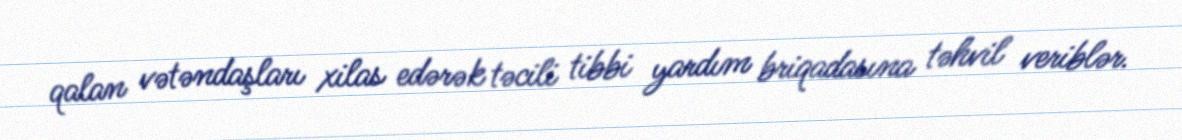
qalan vətəndaşları xilas edərək təcili tibbi yardım briqadasına təhvil veriblər.